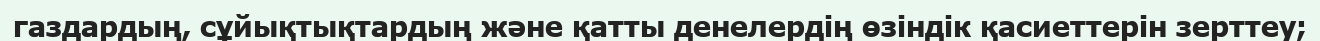
газдардың, сұйықтықтардың және қатты денелердің өзіндік қасиеттерін зерттеу;